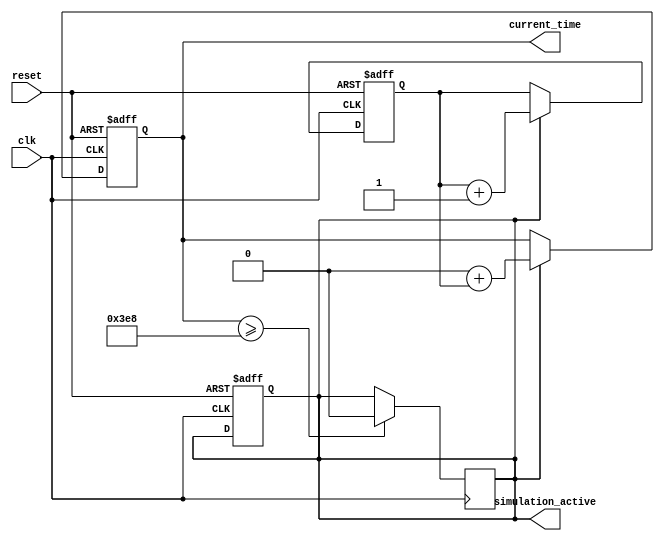
module simulation_time_initialization #(
    parameter START_TIME = 0,           // Default start time
    parameter TIME_RESOLUTION = 1        // Default time resolution (in arbitrary units)
)(
    input wire clk,                      // Clock signal
    input wire reset,                    // Reset signal
    output reg [31:0] current_time,      // Current simulation time
    output reg simulation_active          // Simulation active flag
);

    reg [31:0] time_counter;              // Internal time counter

    // Initialization process
    initial begin
        current_time = START_TIME;        // Set current time to start time
        time_counter = 0;                 // Initialize time counter to zero
        simulation_active = 1;             // Set simulation active flag to true
    end

    // Always block to update simulation time
    always @(posedge clk or posedge reset) begin
        if (reset) begin
            current_time <= START_TIME;    // Reset current time to start time
            time_counter <= 0;             // Reset time counter
            simulation_active <= 1;         // Set simulation active flag to true
        end else if (simulation_active) begin
            time_counter <= time_counter + TIME_RESOLUTION; // Increment time counter
            current_time <= START_TIME + time_counter;     // Update current time
        end
    end

    // Termination conditions (example)
    always @(posedge clk) begin
        if (current_time >= 1000) begin // Example termination condition
            simulation_active <= 0;      // Deactivate simulation after reaching a certain time
        end
    end

endmodule